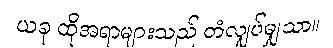
ယခု ထိုအရာများသည် တံလျှပ်မျှသာ။